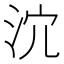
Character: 𣲽